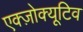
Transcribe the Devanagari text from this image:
एक्ज़ोक्यूटिव